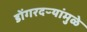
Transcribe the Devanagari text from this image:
डोंगरदऱ्यांमुळे